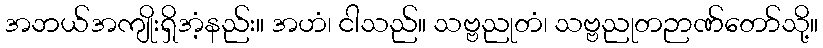
အဘယ်အကျိုးရှိအံ့နည်း။ အဟံ၊ ငါသည်။ သဗ္ဗညုတံ၊ သဗ္ဗညုတဉာဏ်တော်သို့။